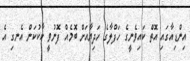
އިންޑިއާގައި އޮތް ކައިވެނީގެ ހަފްލާގެ ހަދިޔާއަށް ބޮމެއް ފޮނުވީ ކާކުކަން އެނގި އެ